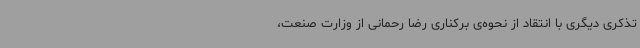
تذکری دیگری با انتقاد از نحوه‌ی برکناری رضا رحمانی از وزارت صنعت،